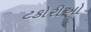
ટકોરીઓ